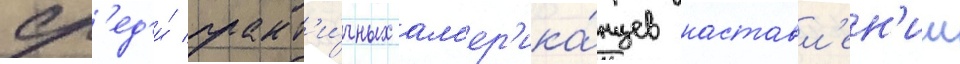
ср'ед'и́ практ'и́чных ам'ер'ика́нцев наставл'ен'ии